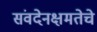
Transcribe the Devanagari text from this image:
संवदेनक्षमतेचे